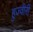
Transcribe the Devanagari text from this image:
हुज्वीरी